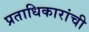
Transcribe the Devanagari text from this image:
प्रताधिकारांची